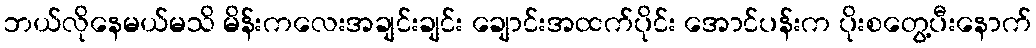
ဘယ်လိုနေမယ်မသိ မိန်းကလေးအချင်းချင်း ချောင်းအထက်ပိုင်း အောင်ပန်းက ပိုးစတွေ့ပီးနောက်